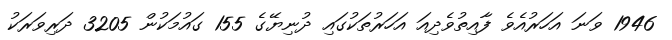
1946 ވަނަ އަހަރުއެވެ ފާއިތުވެދިއަ އަހަރުތަކުގައި ދުނިޔޭގެ 155 ގައުމަކުން 3205 ދަރިވަރަކު